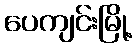
ပေကျင်းမြို့